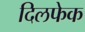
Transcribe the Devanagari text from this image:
दिलफेक